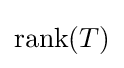
{\textstyle \operatorname {rank} (T)}